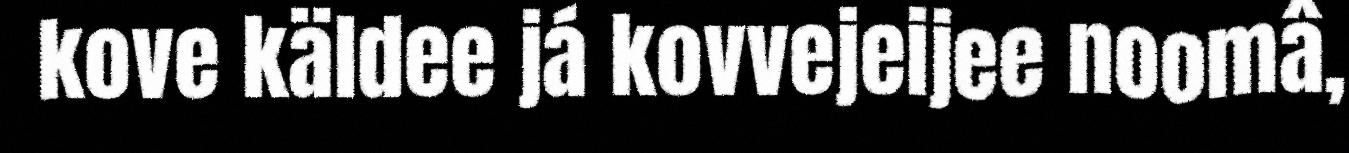
kove käldee já kovvejeijee noomâ,